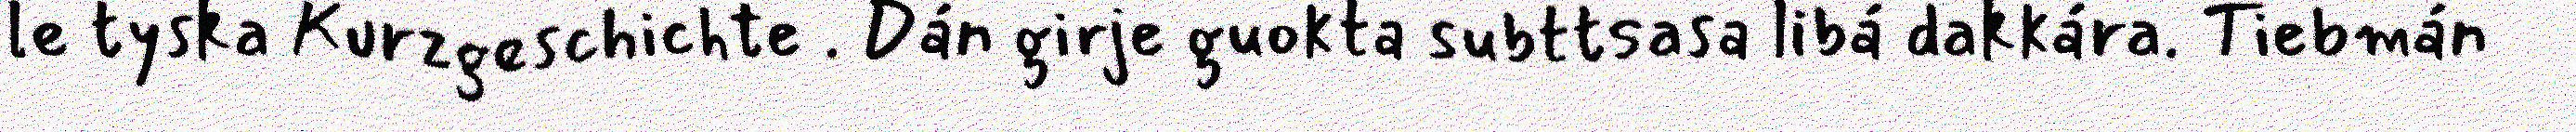
le tyska Kurzgeschichte . Dán girje guokta subttsasa libá dakkára. Tiebmán